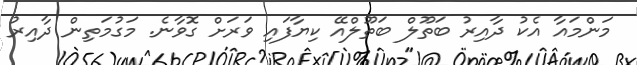
މަންމައާ އެކު ދާއިރު ބަތޫލް ބަތޫލްއޭ ކިޔާފައި ވަރަށް ގޮވާނެ. މަގުމަތިން ދާއިރު